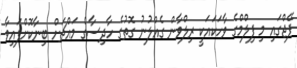
ޕޭޖްގައި މި ފިލްމްގެ ވާހަކައަކީ ރިލްވާން ގެއްލުނު ގޮތުގެ ހާދިސާގެ މައްޗަށް ބިނާކޮށްފައިވާ